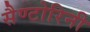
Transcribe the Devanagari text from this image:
सैण्टोरिनी